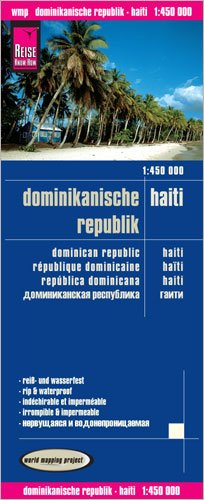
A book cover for Dominikanische Republik, Haiti = Dominican Republic, Haiti = Republique Dominicaine, Haiti = Republica Dominicana, Haiti = Dominikanskaia Respublika, Gaiti; Reise Know-How Verlag; Travel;